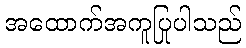
အထောက်အကူပြုပါသည်